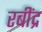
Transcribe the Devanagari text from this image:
रबींद्र